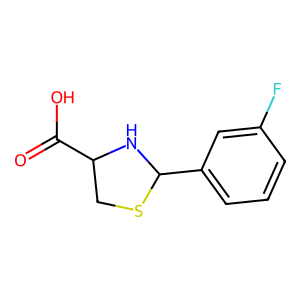
SMILES: O=C(O)C1CSC(c2cccc(F)c2)N1
Inhibits HIV replication: No